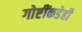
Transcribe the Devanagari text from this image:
गोष्टींकडेही